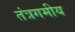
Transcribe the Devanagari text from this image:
तंत्रगमीय